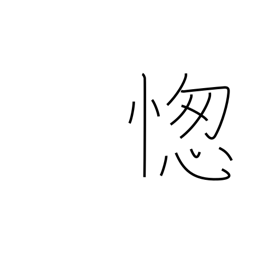
Meaning: foot race